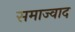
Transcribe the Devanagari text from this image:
समाज्वाद